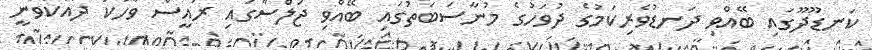
ކަނޑޫދޫގައި ބޭއްވި ދަނޑުވެރިކަމުގެ ދުވަހުގެ މުނާސަބަތުގައި ބޭއްވި ޖަލްސާގައި ރައީސް ވާހަކަ ދައްކަވަނީ